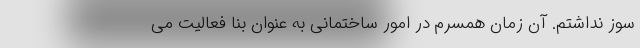
سوز نداشتم. آن زمان همسرم در امور ساختمانی به عنوان بنا فعالیت می